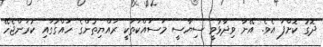
ދޮގު ކޮށްފަ އެވެ. އޭނާ ވިދާޅުވީ ސިޔާސީ މަސައްކަތަކީ ރައްޔިތުންގެ ހައްގުގައި ކުރަންޖެހޭ